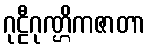
ဂုဠီဂုဏ္ဌိကဇာတာ